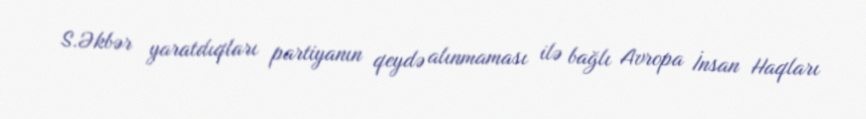
S.Əkbər yaratdıqları partiyanın qeydə alınmaması ilə bağlı Avropa İnsan Haqları